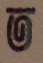
ত